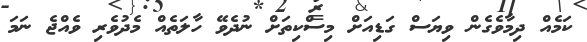
ކަމެއް ދިމާވެގެން ވިޔަސް ގަޑިއަށް މިސްކިތަށް ނުދެވޭ ހާލަތެއް މެދުވެރި ވެއްޖެ ނަމަ